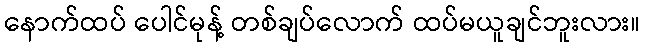
နောက်ထပ် ပေါင်မုန့် တစ်ချပ်လောက် ထပ်မယူချင်ဘူးလား။